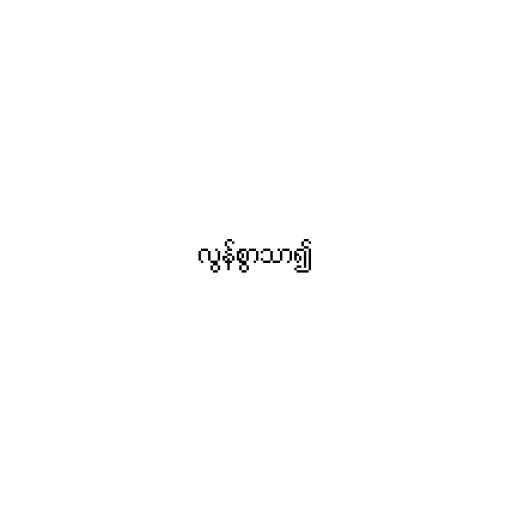
လွန်စွာသာ၍